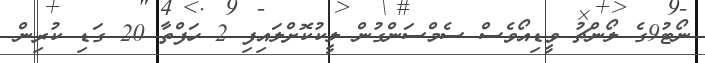
ނޯޓު9ގެ ލޯންޗު ވީޑިއޯވެސް ސެމްސަންގުން ލީކުކޮށްލައިފި 2 ހަފްތާ 20 ގަޑި ކުރިން